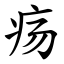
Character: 疡